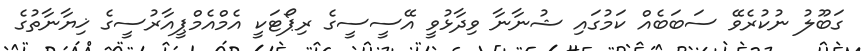
ގަބޫލު ނުކުރެވޭ ސަބަބެއް ކަމުގައި ޝުނާނާ ވިދާޅުވީ އޭސީސީގެ ރިޕޯޓަކީ އެމްއެމްޕީއާރުސީގެ ޚިޔާނާތުގެ